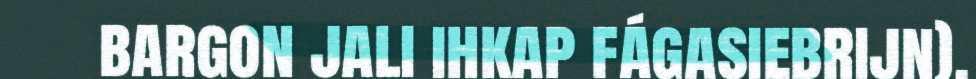
bargon jali ihkap fágasiebrijn).